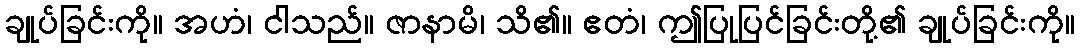
ချုပ်ခြင်းကို။ အဟံ၊ ငါသည်။ ဇာနာမိ၊ သိ၏။ ဧတံ၊ ဤပြုပြင်ခြင်းတို့၏ ချုပ်ခြင်းကို။